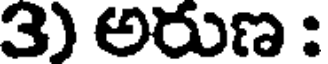
3) అరుణ :